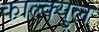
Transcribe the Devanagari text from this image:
काल्क्युल